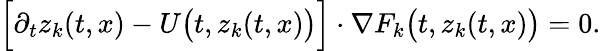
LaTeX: \Big[\partial_{t}z_{k}(t,x)-U\big(t,z_{k}(t,x)\big)\Big]\cdot\nabla F_{k}\big(t,z_{k}(t,x)\big)=0.